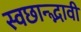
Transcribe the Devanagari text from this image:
स्वछान्द्भावी